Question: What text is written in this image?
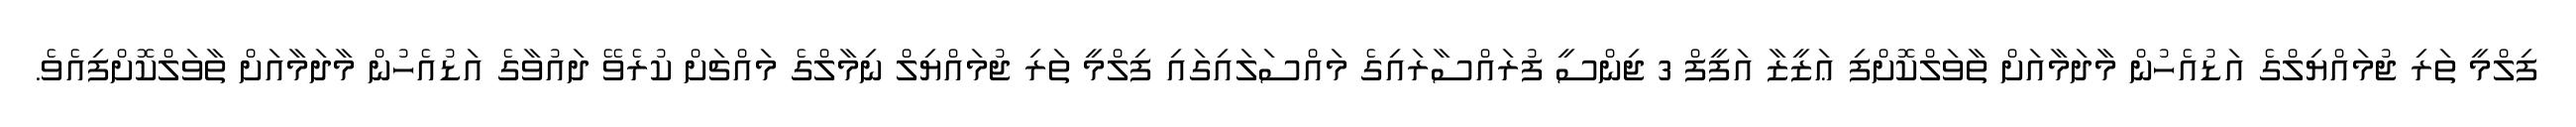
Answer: ފިލްމީ ތަރި ޖުމައްޔިލްގެ އަޑުއެހުން މާދަމާއަށް ތާވަލްކޮށްފި ޢަޒީޒާ އަފީފް 3 ޖިންސީ ފުރައްސާރައިގެ މައްސަލައިގައި ފިލްމީ ތަރި ޖުމައްޔިލް ނިމާލްގެ މައްޗަށް ކުރެވޭ ދައުވާގެ އަޑުއެހުން މާދަމާއަށް ތާވަލްކޮށްފިއެވެ.